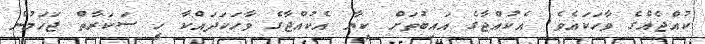
ކުއްޖެއްގެ ވާހަކައެވެ. އެކުއްޖާގެ އައިބުތަށް ކިޔާ އެކުއްޖާގެ ވާހަކަދައްކާ ހީ ސަކަރާތް ޖަހަމުން